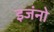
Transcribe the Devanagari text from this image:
इजंनो